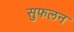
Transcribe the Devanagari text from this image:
सुफलन